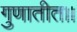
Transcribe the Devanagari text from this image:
गुणातीत।।